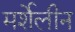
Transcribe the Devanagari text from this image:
मर्शेलीन